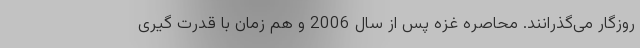
روزگار می‌گذرانند. محاصره غزه پس از سال 2006 و هم زمان با قدرت گیری